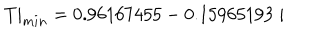
LaTeX: T | _ { m i n } = 0 . 9 6 1 6 7 4 5 5 - 0 . 1 5 9 6 5 1 9 3 \; i